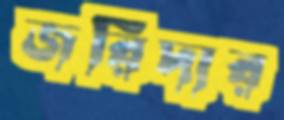
জরিদার